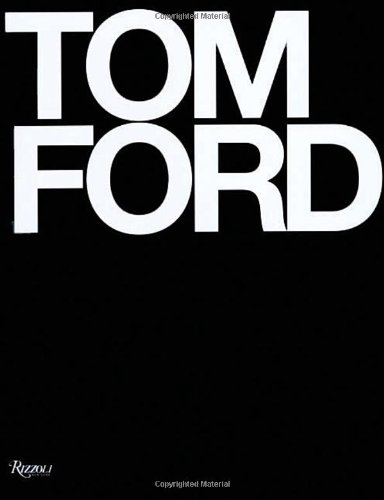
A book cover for Tom Ford; Tom Ford; Humor & Entertainment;